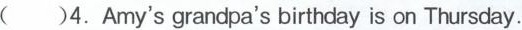
( )4. Amy's grandpa's birthday is on Thursday.